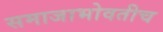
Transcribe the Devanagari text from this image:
समाजाभोवतीच